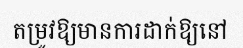
តម្រូវឱ្យមានការដាក់ឱ្យនៅ